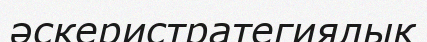
әскеристратегиялық